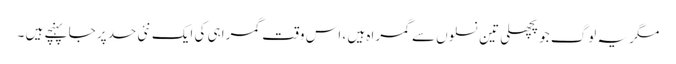
مگر یہ لوگ جو پچھلی تین نسلوں سے گمراہ ہیں ، اس وقت گمراہی کی ایک نئی حد پر جا پہنچے ہیں ۔